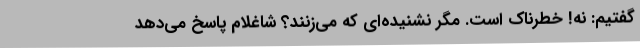
گفتیم: نه! خطرناک است. مگر نشنیده‌ای که می‌زنند؟ شاغلام پاسخ می‌دهد